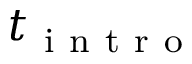
t _ { \mathrm { ~ i ~ n ~ t ~ r ~ o ~ } }